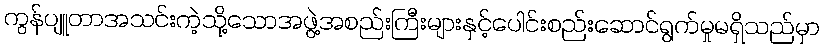
ကွန်ပျူတာအသင်းကဲ့သို့သောအဖွဲ့အစည်းကြီးများနှင့်ပေါင်းစည်းဆောင်ရွက်မှုမရှိသည်မှာ